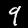
Label: 9